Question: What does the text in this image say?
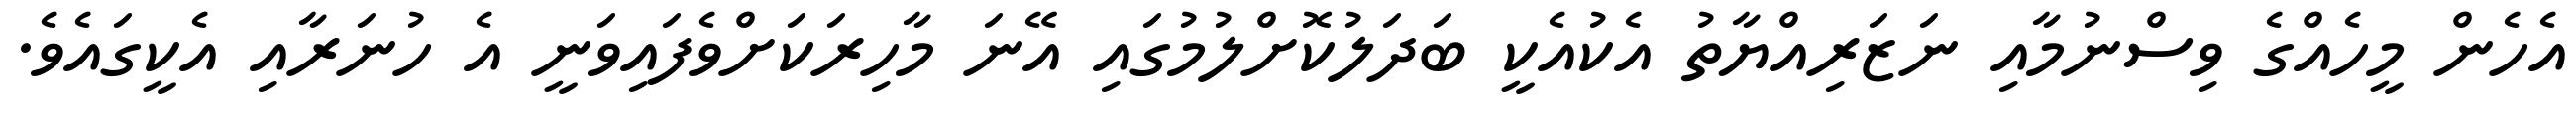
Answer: އެހެން މީހެއްގެ ވިސްނުމާއި ނަޒަރިއްޔާތު އެކުއެކީ ބަދަލުކޮށްލުމުގައި އޭނަ މާހިރަކަށްވެފައިވަނީ އެ ހުނަރާއި އެކީގައެވެ.